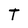
Character: T